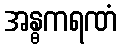
အန္ဓကရဏံ